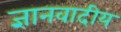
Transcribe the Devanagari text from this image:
ज्ञानवादीय